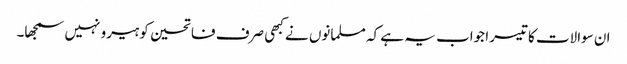
ان سوالات کا تیسرا جواب یہ ہے کہ مسلمانوں نے کبھی صرف فاتحین کو ہیرو نہیں سمجھا۔